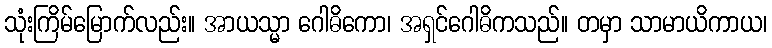
သုံးကြိမ်မြောက်လည်း။ အာယသ္မာ ဂေါဓိကော၊ အရှင်ဂေါဓိကသည်။ တမှာ သာမာယိကာယ၊